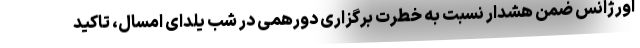
اورژانس ضمن هشدار نسبت به خطرت برگزاری دورهمی در شب یلدای امسال، تاکید